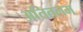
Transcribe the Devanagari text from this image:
अतितलम